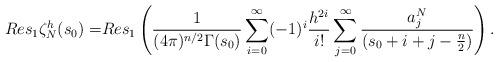
LaTeX: \begin{align*}Res_1\zeta^h_N(s_0)=&Res_1\left(\frac{1}{(4\pi)^{n/2}\Gamma(s_0)}\sum_{i=0}^\infty(-1)^i\frac{h^{2i}}{i!}\sum_{j=0}^{\infty}\frac{a^N_j}{(s_0+i+j-\frac{n}{2})}\right).\end{align*}